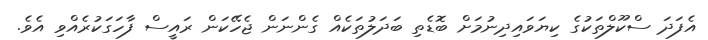
އެފަދަ ސްކޫލްތަކުގެ ކިޔަވައިދިނުމަށް ބޮޑެތި ބަދަލުތަކެއް ގެންނަން ޖެހޭކަން ރައީސް ފާހަގަކުރެއްވި އެވެ.